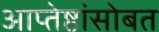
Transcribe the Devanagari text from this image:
आप्तेष्ठांसोबत